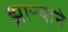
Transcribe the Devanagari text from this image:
झाऱ्याने